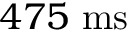
4 7 5 ~ \mathrm { m s }